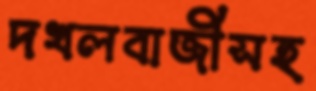
দখলবাজীসহ